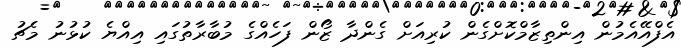
އެފްއޭއެމުން އިންތިޒާމްކޮށްގެން ކުރިއަށް ގެންދާ ޒޯން ފަހެއްގެ މުބާރާތުގައި އިއްޔެ ކުޅުނު މެޗު